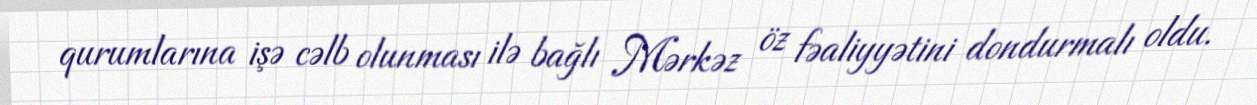
qurumlarına işə cəlb olunması ilə bağlı Mərkəz öz fəaliyyətini dondurmalı oldu.